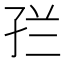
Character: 𭓀